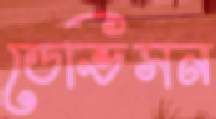
ডেভিসন